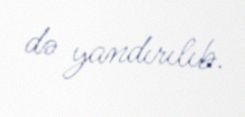
də yandırılıb.